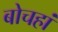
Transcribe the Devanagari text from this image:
बोचहां